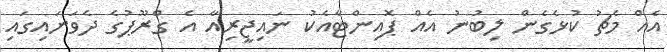
އެއް މެޗު ކުޅެގެން ލިބުނު އެއް ޕޮއިންޓާއެކު ނައިޖީރިއާ އެ ގްރޫޕުގެ ދެވަނައިގައި